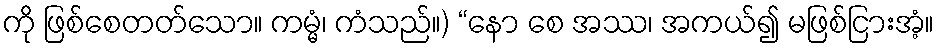
ကို ဖြစ်စေတတ်သော။ ကမ္မံ၊ ကံသည်။) “နော စေ အဿ၊ အကယ်၍ မဖြစ်ငြားအံ့။